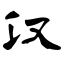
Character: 汉